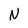
Character: N